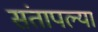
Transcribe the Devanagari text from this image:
संतापल्या